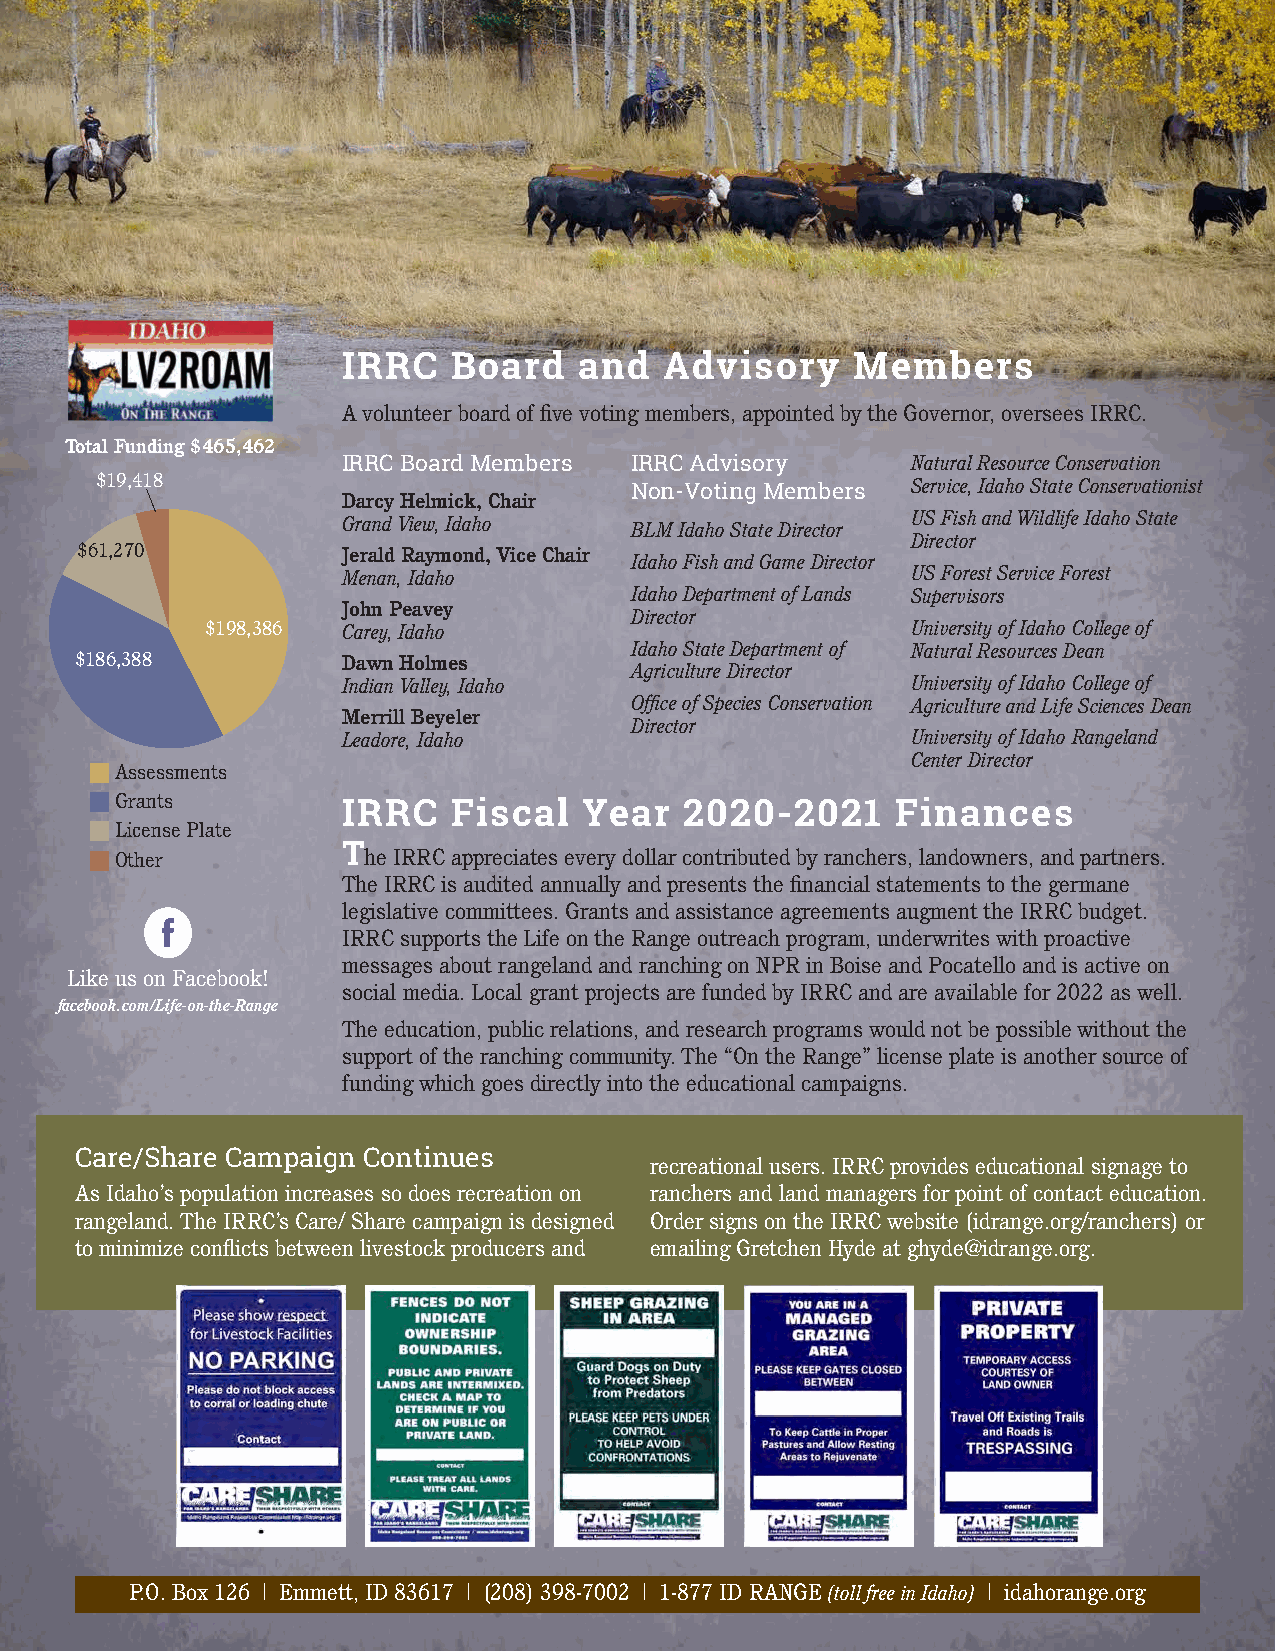
IRRC   Board   and   Advisory    Members
 A volunteer board of five voting members, appointed by the Governor, oversees IRRC.
 Total Funding $465,462
 IRRC Board Members IRRC Advisory     Natural Resource Conservation
 $19,418                             Non-Voting Members Service, Idaho State Conservationist
 Darcy Helmick, Chair
 US Fish and Wildlife Idaho State
 Grand View, Idaho  BLM Idaho State Director
 Director
 $61,270           Jerald Raymond, Vice Chair
 Idaho Fish and Game Director
 Menan, Idaho                         US Forest Service Forest
 Idaho Department of Lands Supervisors
 John Peavey
 Director
 $198,386 Carey, Idaho                         University of Idaho College of
 Idaho State Department of Natural Resources Dean
 $186,388          Dawn Holmes
 Agriculture Director
 Indian Valley, Idaho                 University of Idaho College of
 Office of Species Conservation Agriculture and Life Sciences Dean
 Merrill Beyeler
 Director
 Leadore, Idaho                       University of Idaho Rangeland
 Center Director
 Assessments
 Grants
 IRRC   Fiscal   Year  2020-2021     Finances
 License Plate
 Other          The IRRC appreciates every dollar contributed by ranchers, landowners, and partners.
 The IRRC is audited annually and presents the financial statements to the germane
 legislative committees. Grants and assistance agreements augment the IRRC budget.
 IRRC supports the Life on the Range outreach program, underwrites with proactive
 messages about rangeland and ranching on NPR in Boise and Pocatello and is active on
 Like us on Facebook!
 social media. Local grant projects are funded by IRRC and are available for 2022 as well.
 facebook.com/Life-on-the-Range
 The education, public relations, and research programs would not be possible without the
 support of the ranching community. The “On the Range” license plate is another source of
 funding which goes directly into the educational campaigns.
 Care/Share Campaign Continues
 recreational users. IRRC provides educational signage to
 As Idaho’s population increases so does recreation on ranchers and land managers for point of contact education.
 rangeland. The IRRC’s Care/ Share campaign is designed Order signs on the IRRC website (idrange.org/ranchers) or
 to minimize conflicts between livestock producers and emailing Gretchen Hyde at ghyde@idrange.org.
 P.O. Box 126 | Emmett, ID 83617 | (208) 398-7002 | 1-877 ID RANGE (toll free in Idaho) | idahorange.org